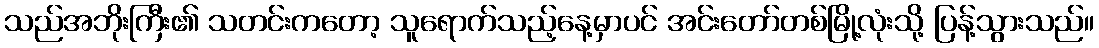
သည်အဘိုးကြီး၏ သတင်းကတော့ သူရောက်သည့်နေ့မှာပင် အင်းတော်တစ်မြို့လုံးသို့ ပြန့်သွားသည်။